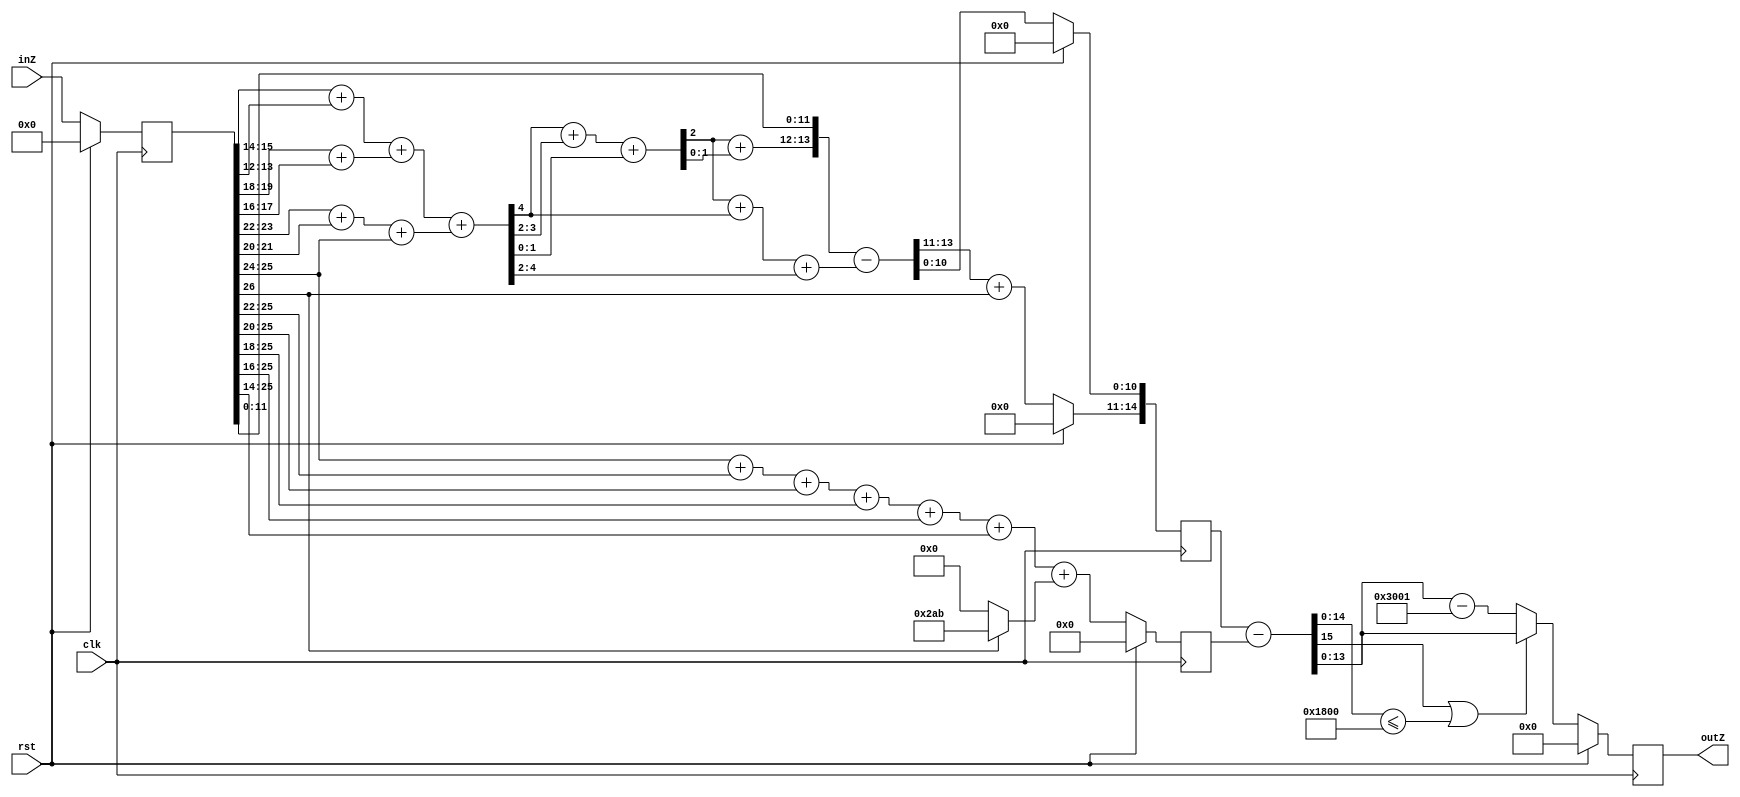
module mod12289s (
    input                 clk,
    input                 rst,
    //input signed  [13:0]  inA,
    //input signed  [13:0]  inB,
    input signed  [26:0]  inZ,
    output reg    [13:0]  outZ
) ;

    reg signed    [26:0]  regZ;

    wire        [2:0]   intC00;
    wire        [2:0]   intC01;
    wire        [2:0]   intC02;
    wire        [2:0]   intC03;
    wire        [3:0]   intC10;
    wire        [3:0]   intC11;
    wire        [4:0]   intC;
    wire        [2:0]   intE;

    wire        [3:0]   intCE;
    wire        [1:0]   intE2;

    wire        [13:0]  intF;

    reg         [14:0]  regP;
    reg         [12:0]  regN;

    wire        [15:0]  intZ;

    always @ ( posedge clk ) begin
        if(rst) begin
            regZ <= 'sd0;
        end else begin
            //regZ <= regA * regB;
            regZ <= inZ;
        end
    end

    //assign intC = regZ[25:24] + regZ[23:22] + regZ[21:20] + regZ[19:18] + regZ[17:16] + regZ[15:14] + regZ[13:12];
    assign intC00 = regZ[15:14] + regZ[13:12];
    assign intC01 = regZ[19:18] + regZ[17:16];
    assign intC02 = regZ[23:22] + regZ[21:20];
    assign intC03 = { 1'b0, regZ[25:24] };
    assign intC10 = intC00 + intC01;
    assign intC11 = intC02 + intC03;
    assign intC = intC10 + intC11;

    assign intE = intC[4] + intC[3:2] + intC[1:0];
    assign intCE = intE[2] + intC[4] + intC[4:2];
    assign intE2 = intE[2] + intE[1:0];

    assign intF = { intE2, regZ[11:0] } - { 10'b0, intCE };

    always @ ( posedge clk ) begin
        if(rst) begin
            regP <= 'd0;
            regN <= 'd0;
        end else begin
            regP[10:0] <= intF[10:0];
            regP[14:11] <= { 1'b0, intF[13:11] } + { 3'b0, $unsigned(regZ[26]) };
            regN <= $unsigned(regZ[25:24]) +
                    $unsigned(regZ[25:22]) + 
                    $unsigned(regZ[25:20]) +
                    $unsigned(regZ[25:18]) +
                    $unsigned(regZ[25:16]) +
                    $unsigned(regZ[25:14]) +
                    (regZ[26] ? 'd683 : 'd0);
        end
    end

    assign intZ = { 1'b0, regP } - { 3'b0, regN };

    always @ ( posedge clk ) begin
        if(rst) begin
            outZ <= 'sd0;
        end else begin
            if(intZ[15] || $unsigned(intZ[14:0]) <= 'sd6144) begin
                outZ <= intZ[13:0];
            end else begin
                outZ <= intZ[14:0] - 'd12289;
            end
        end
    end

endmodule